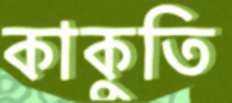
কাকুতি